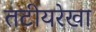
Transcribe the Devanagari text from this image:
तटीयरेखा